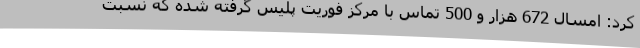
کرد: امسال 672 هزار و 500 تماس با مرکز فوریت پلیس گرفته شده که نسبت